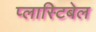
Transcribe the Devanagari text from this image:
प्लास्टिबेल